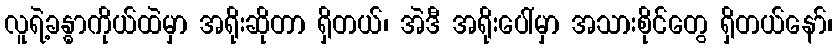
လူရဲ့ခန္ဓာကိုယ်ထဲမှာ အရိုးဆိုတာ ရှိတယ်၊ အဲဒီ အရိုးပေါ်မှာ အသားစိုင်တွေ ရှိတယ်နော်၊